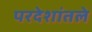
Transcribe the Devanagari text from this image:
परदेशांतले